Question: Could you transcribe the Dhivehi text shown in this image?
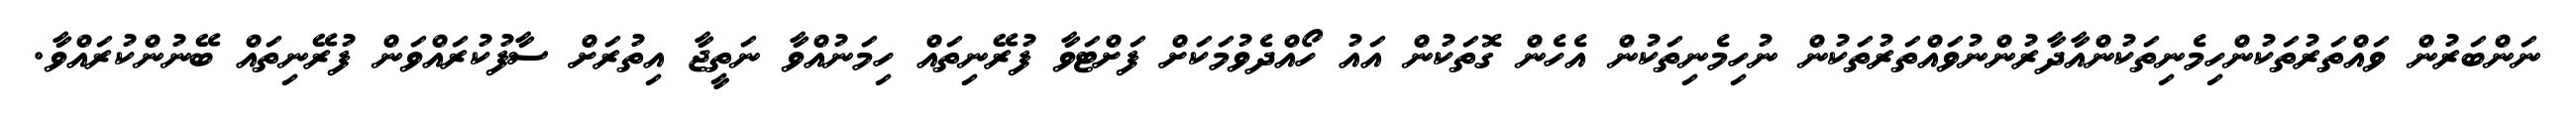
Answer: ނަންބަރުން ވައްތަރުތަކުންހިމެނިތަކުންއާދާރުންނުވައްތަރުތަކުން ނުހިމެނިތަކުން އެހެން ގޮތަކުން އައު ހޯއްދެވުމަކަށް ފަށްޓަވާ ފުރޭނިތައް ހިމަނުއްވާ ނަތީޖާ އިތުރަށް ސާފުކުރައްވަން ފުރޭނިތައް ބޭނުންކުރައްވާ.